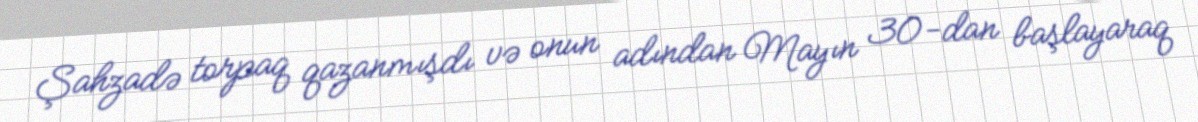
Şahzadə torpaq qazanmışdı və onun adından Mayın 30-dan başlayaraq